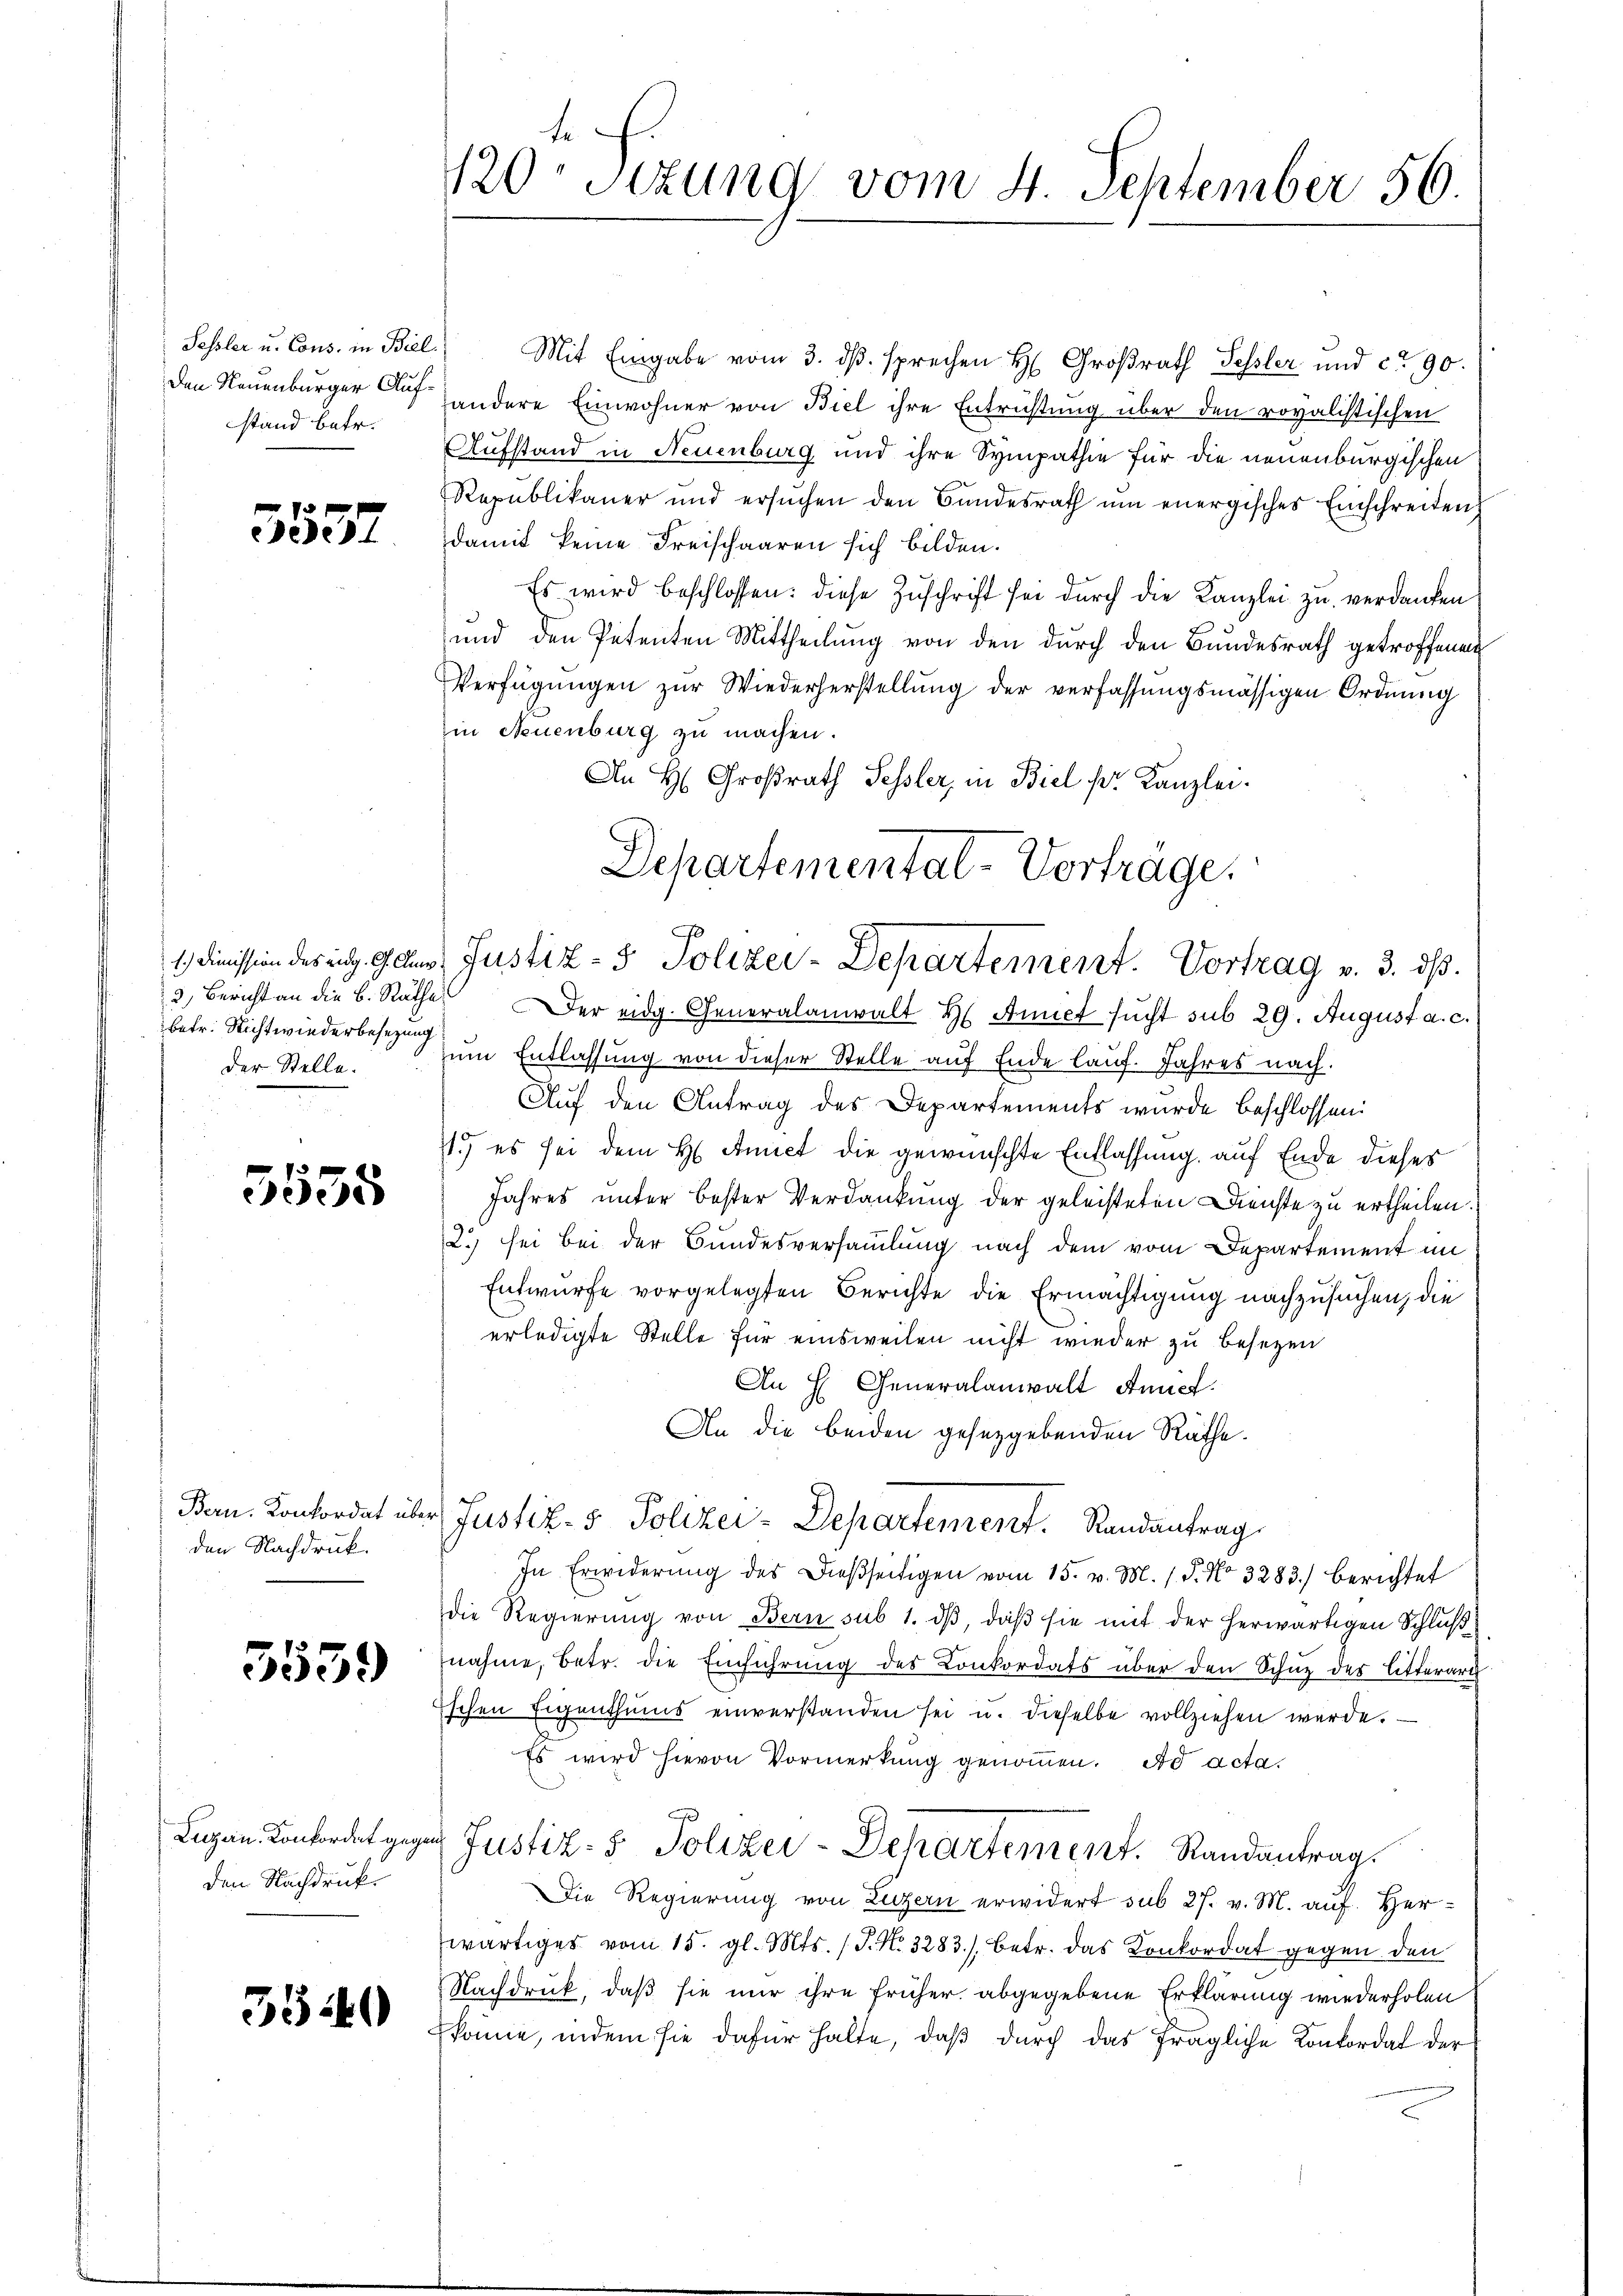
Sessler u. Cons. in Biel.
stand betr.

5537

betr. Nichtwiederbesezung
der Stelle.

3
e

den Nachdruck.

5559

den Nachdruck

35 40

120 Sizung vom 4. September 56.

Mit Eingabe vom 3. dβ. sprechen H. Großrath Fessler und ca 90.
Den Neuenburger andere Einwohner von Biel ihre Entrichtung über den rovalistischen
Aufstand in Neuenburg und ihre Sympathie für die neuenburgischen
Republikaner und ersŭchen den Bŭndesrath ŭm energisches Einschreiben
damit keine Freischaaren sich bilden.
Es wird beschlossen: diese Zuschrift sei durch die Kanzlei zu verdanken
und den Petenten Mittheilung von den durch den Bundesrath getroffenen
Verfügungen zur Wiederherstellung der verfassungsmässigen Ordnung
zin Neuenburg zu machen.
An H. Großrath Fessler, in Biel pr. Kanzlei.
3) Bericht an die B. Räthe er eidg. Generalanwalt H. Annet sucht sub 29. August a. c.
zum Entlassung von dieser Stelle auf Ende lauf. Jahres nach.
Auf den Antrag des Departements wurde beschlossen:
71.) es sei dem H. Amiet die gewünschte Entlassung, auf Ende dieses
Jahres unter bester Verdankung der geleisteten Dienste zu ertheilen.
2.) sei bei der Bundesversammlung nach dem vom Departement im
Entwurfe vorgelegten Berichte die Ermächtigung nachzusuchen, die
erledigte Stelle für einsweilen nicht wieder zu besezen
An H Generalanwalt Anf
An die beiden gesetzgebenden Räthe.
Bern. Konkordat über Justiz- & Polizei-Departement. Randantrag
In Erwiderŭng des Dieβseitigen vom 15. v. M. 15. No 3283) berichtet
die Regierŭng von Bern sub 1. dβ, daβ sie mit der herwärtigen Schluß
nahme, betr. die Einführung des Conkordats über den Schuz des litterart
schen Eigenthŭms einverstanden sei u. dieselbe vollziehen werde. —
Es wird hievon Vormerkung genommen. Ad acta.
Legen Konfordet gegen Justiz- & Polizei-Departement. Randantrag
Die Regierung von Luzern erwidert sub 27. v. M. auf Herwärtiges vom 15. gl. Mts. (T. N. 3283), betr. das Konkordat gegen den
Nachdruck, daß sie nur ihre früher abgegebene Erklärung wiederholen
könne, indem sie dafür halte, daß durch das fragliche Konkordat der

Departemental-Vorträge.
1.) Dimission der eit. Gans Justiz- & Polizei-Departement. Vortrag v. 3. dβ.